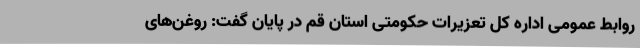
روابط عمومی اداره کل تعزیرات حکومتی استان قم در پایان گفت: روغن‌های